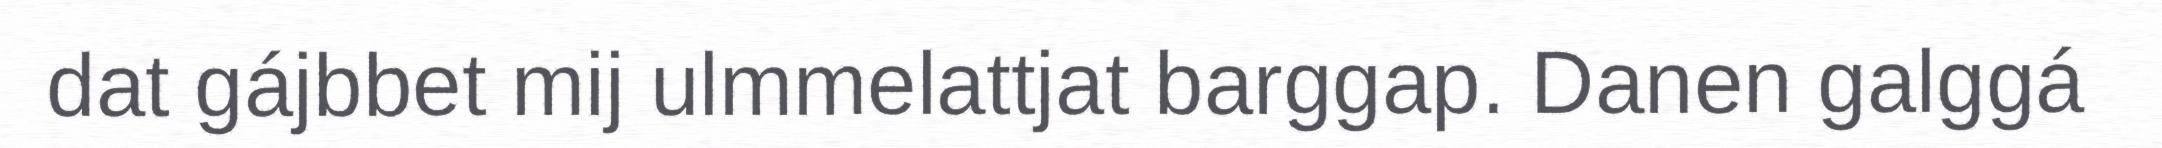
dat gájbbet mij ulmmelattjat barggap. Danen galggá